Annual report on the Civil Veterinary Department, Burma (including the Insein Veterinary School) - 1932-1941
Year: 1932
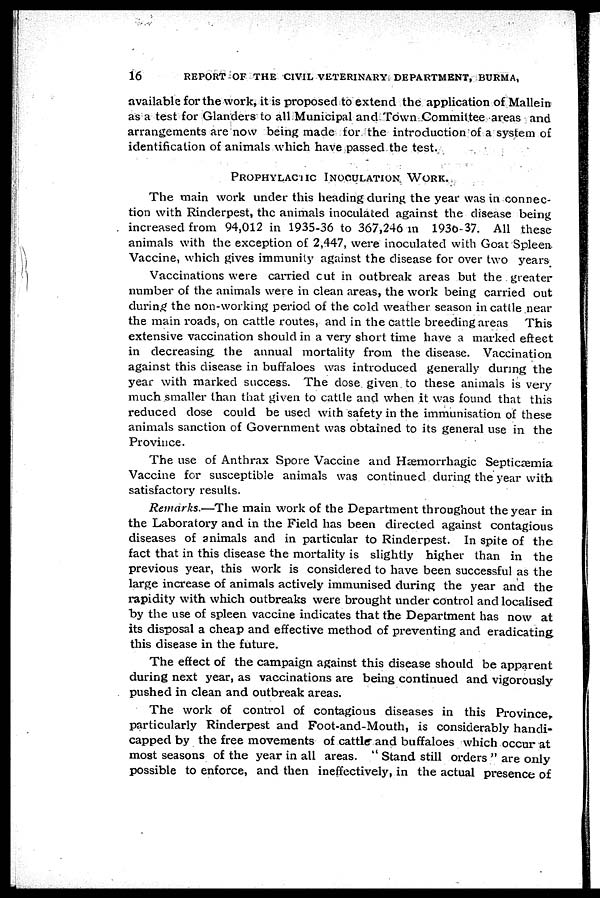
16
REPORT OF THE CIVIL VETERINARY DEPARTMENT, BURMA,
available for the work, it is proposed to extend the application of Mallein
as a test for Glanders to all Municipal and Town Committee areas and
arrangements are now being made for the introduction of a system of
identification of animals which have passed the test.
PROPHYLACTIC I N O C U L A T I O N WORK.
The main work under this heading during the year was in connec-
tion with Rinderpest, the animals inoculated against the disease being
increased from 94,012 in 1935-36 to 367,246 in 1936-37. All these
animals with the exception of 2,447, were inoculated with Goat Spleen
Vaccine, which gives immunity against the disease for over two years
Vaccinations were carried cut in outbreak areas but the greater
number of the animals were in clean areas, the work being carried out
during the non-working period of the cold weather season in cattle near
the main roads, on cattle routes, and in the cattle breeding areas This
extensive vaccination should in a very short time have a marked effect
in decreasing the annual mortality from the disease. Vaccination
against this disease in buffaloes was introduced generally during the
year with marked success. The dose given to these animals is very
much smaller than that given to cattle and when it was found that this
reduced dose could be used with safety in the immunisation of these
animals sanction of Government was obtained to its general use in the
Province.
The use of Anthrax Spore Vaccine and Hæmorrhagic Septicæmia
Vaccine for susceptible animals was continued during the year with
satisfactory results.
Remarks.—The main work of the Department throughout the year in
the Laboratory and in the Field has been directed against contagious
diseases of animals and in particular to Rinderpest. In spite of the
fact that in this disease the mortality is slightly higher than in the
previous year, this work is considered to have been successful as the
large increase of animals actively immunised during the year and the
rapidity with which outbreaks were brought under control and localised
by the use of spleen vaccine indicates that the Department has now at
its disposal a cheap and effective method of preventing and eradicating
this disease in the future.
The effect of the campaign against this disease should be apparent
during next year, as vaccinations are being continued and vigorously
pushed in clean and outbreak areas.
The work of control of contagious diseases in this Province,
particularly Rinderpest and Foot-and-Mouth, is considerably handi-
capped by the free movements of cattle and buffaloes which occur at
most seasons of the year in all areas. " Stand still orders " are only
possible to enforce, and then ineffectively, in the actual presence of